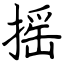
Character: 摇